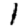
Digit: 1